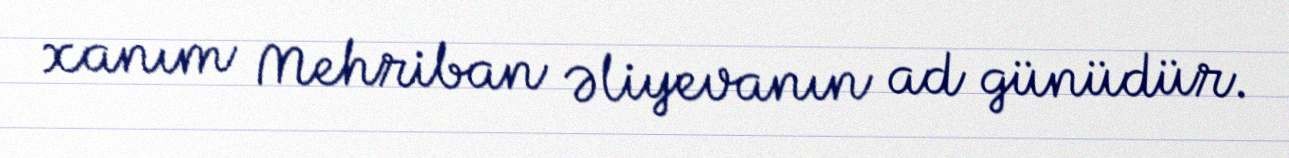
xanım Mehriban Əliyevanın ad günüdür.